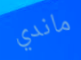
ماندي